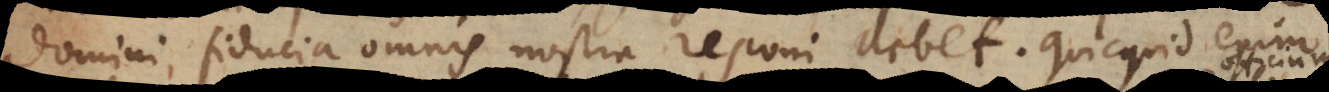
domini fiducia omnis nostra reponi debet. Quicquid enim